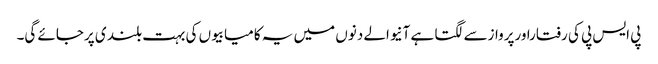
پی ایس پی کی رفتاراورپروازسے لگتا ہے آنیوالے دنوں میں یہ کامیابیوں کی بہت بلند ی پرجائے گی۔